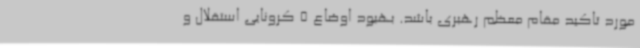
مورد تاکید مقام معظم رهبری باشد. بهبود اوضاع 5 کرونایی استقلال و